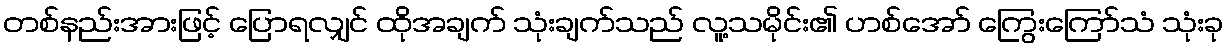
တစ်နည်းအားဖြင့် ပြောရလျှင် ထိုအချက် သုံးချက်သည် လူ့သမိုင်း၏ ဟစ်အော် ကြွေးကြော်သံ သုံးခု